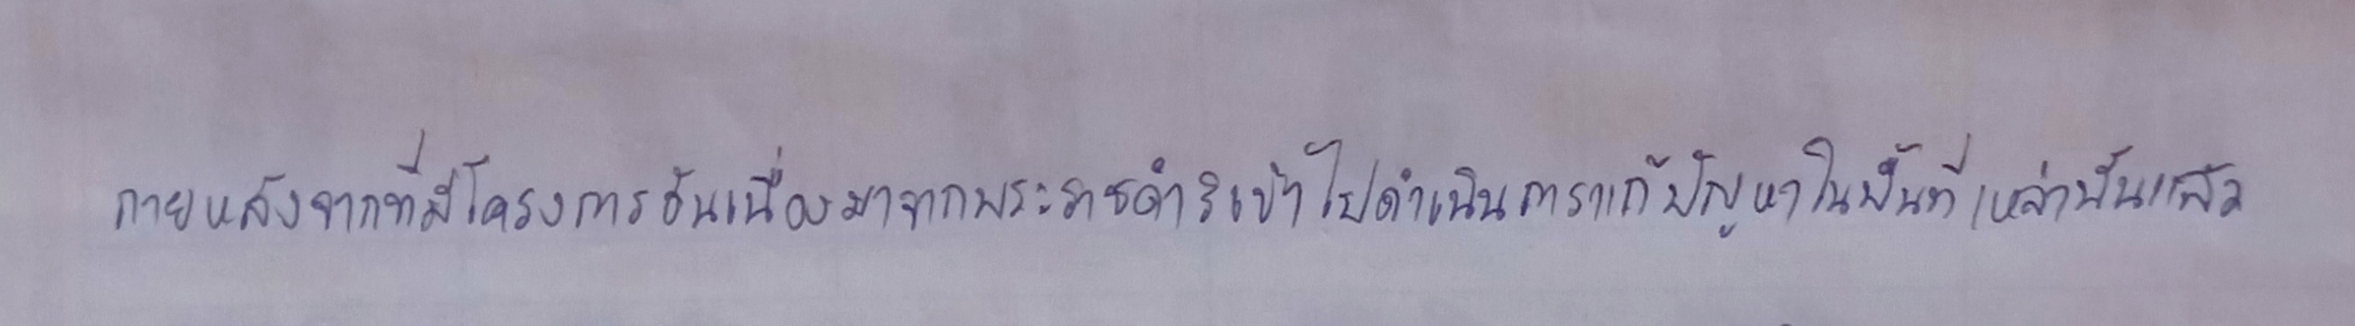
ภายหลังจากที่มีโครงการอันเนื่องมาจากพระราชดำริเข้าไปดำเนินการแก้ปัญหาในพื้นที่เหล่านั้นแล้ว